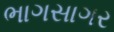
ભાગસાગર